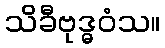
သိခီဗုဒ္ဓဝံသ။